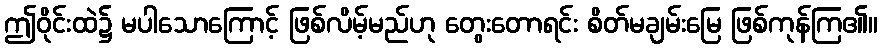
ဤဝိုင်းထဲ၌ မပါသောကြောင့် ဖြစ်လိမ့်မည်ဟု တွေးတောရင်း စိတ်မချမ်းမြေ ဖြစ်ကုန်ကြ၏။